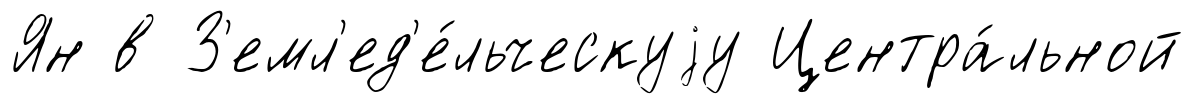
Ян в З'емл'ед'е́льческуjу Центра́льной